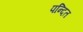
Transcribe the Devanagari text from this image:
पन्दित